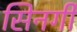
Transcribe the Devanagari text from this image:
सिनर्गी